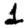
Digit: 1